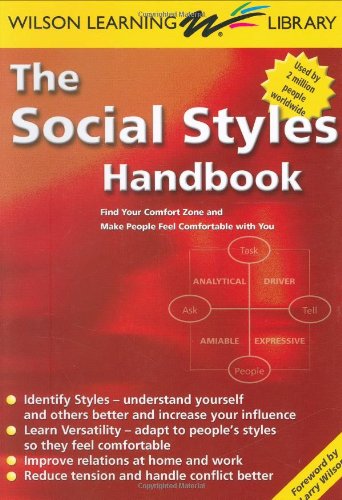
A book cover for The Social Styles Handbook: Find Your Comfort Zone and Make People Feel Comfortable with You; Larry Wilson; Health, Fitness & Dieting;